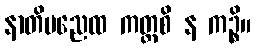
နာတိမညေထ ကတ္ထစိ န ကဉ္စိ။